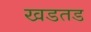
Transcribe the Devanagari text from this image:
खडतड